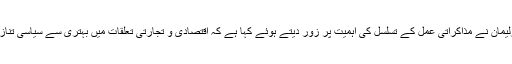
پاکستان اور بھارت کے اراکین پارلیمان نے مذاکراتی عمل کے تسلسل کی اہمیت پر زور دیتے ہوئے کہا ہے کہ اقتصادی و تجارتی تعلقات میں بہتری سے سیاسی تنازعات کے حل کی راہ ہموار ہو گی۔